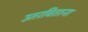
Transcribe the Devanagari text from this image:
उतरविताना